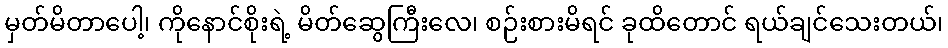
မှတ်မိတာပေါ့၊ ကိုနောင်စိုးရဲ့ မိတ်ဆွေကြီးလေ၊ စဉ်းစားမိရင် ခုထိတောင် ရယ်ချင်သေးတယ်၊